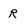
Character: R